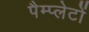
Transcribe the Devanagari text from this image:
पैम्प्लेटों